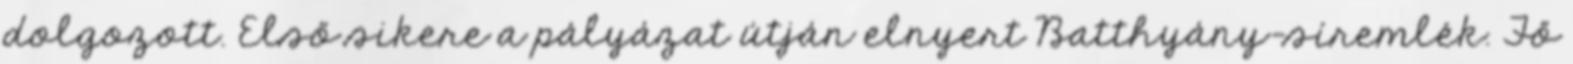
dolgozott. Első sikere a pályázat útján elnyert Batthyány-síremlék. Fő